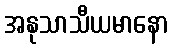
အနုသာသီယမာနော